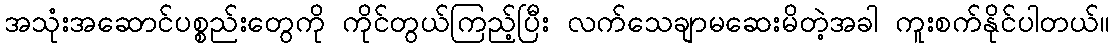
အသုံးအဆောင်ပစ္စည်းတွေကို ကိုင်တွယ်ကြည့်ပြီး လက်သေချာမဆေးမိတဲ့အခါ ကူးစက်နိုင်ပါတယ်။